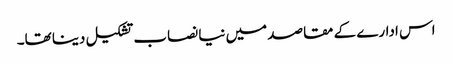
اس ادارے کے مقاصد میں نیا نصاب تشکیل دینا تھا۔